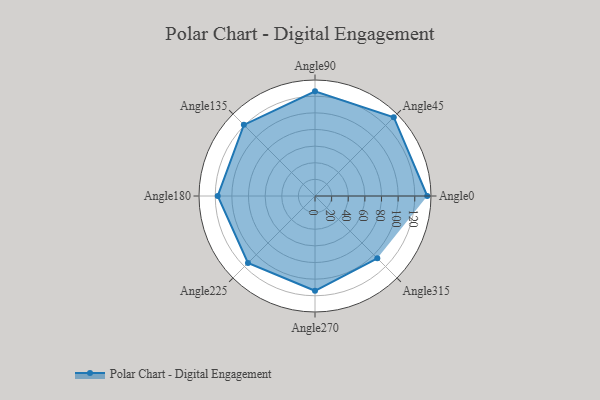
{"axis": {"x": "Angle", "y": "Radius"}, "legend": [""], "data": [{"x": "Angle0", "y": 135.0, "type": ""}, {"x": "Angle45", "y": 134.0, "type": ""}, {"x": "Angle90", "y": 126.0, "type": ""}, {"x": "Angle135", "y": 121.0, "type": ""}, {"x": "Angle180", "y": 117.0, "type": ""}, {"x": "Angle225", "y": 114.0, "type": ""}, {"x": "Angle270", "y": 114.0, "type": ""}, {"x": "Angle315", "y": 106.0, "type": ""}]}